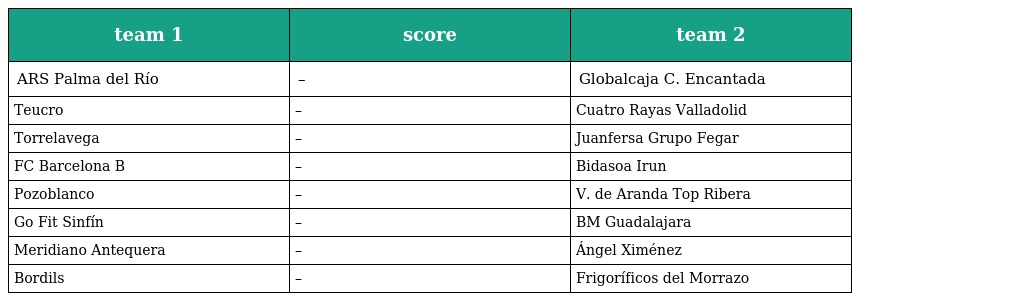
| team 1 | score | team 2 |
 | --- | --- | --- |
 | ARS Palma del Río | – | Globalcaja C. Encantada |
 | Teucro | – | Cuatro Rayas Valladolid |
 | Torrelavega | – | Juanfersa Grupo Fegar |
 | FC Barcelona B | – | Bidasoa Irun |
 | Pozoblanco | – | V. de Aranda Top Ribera |
 | Go Fit Sinfín | – | BM Guadalajara |
 | Meridiano Antequera | – | Ángel Ximénez |
 | Bordils | – | Frigoríficos del Morrazo |